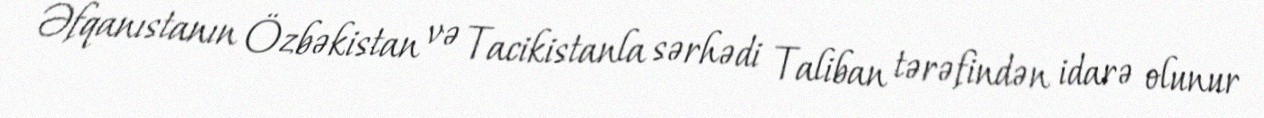
Əfqanıstanın Özbəkistan və Tacikistanla sərhədi Taliban tərəfindən idarə olunur